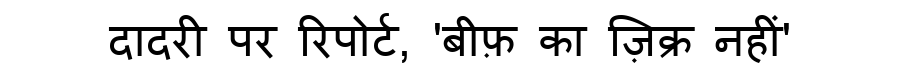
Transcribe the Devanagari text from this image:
दादरी पर रिपोर्ट, 'बीफ़ का ज़िक्र नहीं'